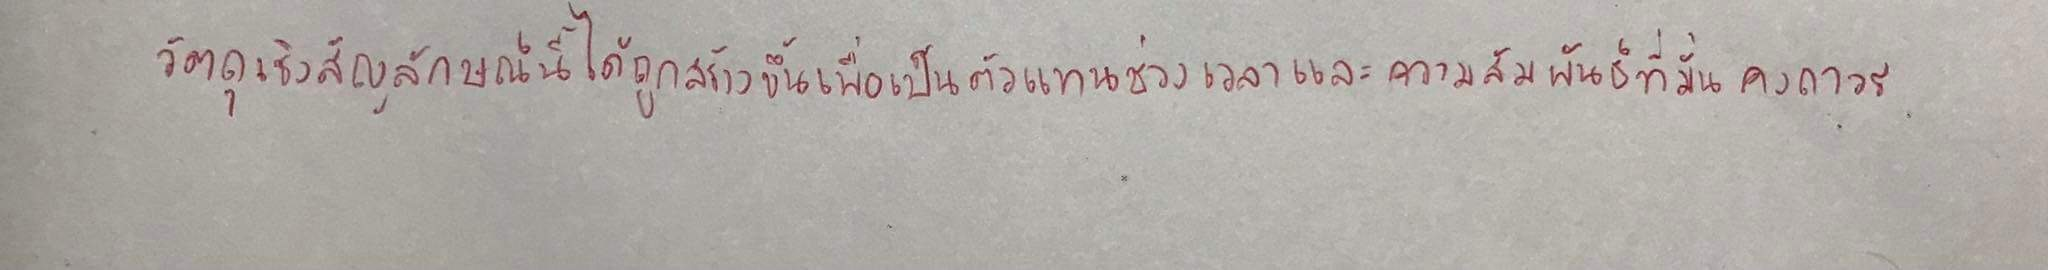
วัตถุเชิงสัญลักษณ์นี้ได้ถูกสร้างขึ้นเพื่อเป็นตัวแทนช่วงเวลาและความสัมพันธ์ที่มั่นคงถาวร